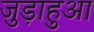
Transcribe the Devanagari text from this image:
जुड़ाहुआ